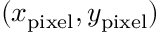
( x _ { \mathrm { p i x e l } } , y _ { \mathrm { p i x e l } } )